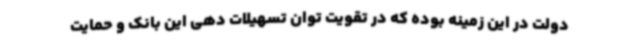
دولت در این زمینه بوده که در تقویت توان تسهیلات دهی این بانک و حمایت